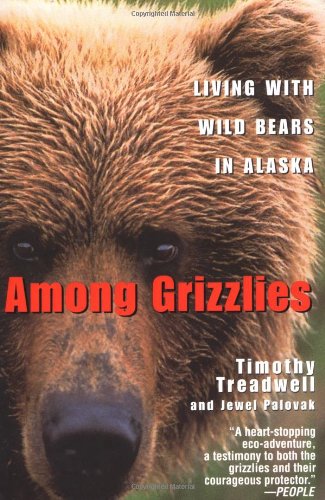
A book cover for Among Grizzlies: Living with Wild Bears in Alaska; Timothy Treadwell; Humor & Entertainment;